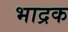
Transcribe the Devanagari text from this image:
भाद्रक